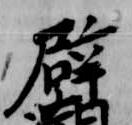
辟